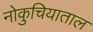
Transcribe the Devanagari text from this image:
नोकुचियाताल